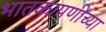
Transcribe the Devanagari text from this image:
भातकापणीच्या